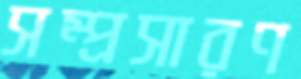
সম্প্রসারণ